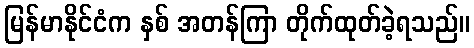
မြန်မာနိုင်ငံက နှစ် အတန်ကြာ တိုက်ထုတ်ခဲ့ရသည်။